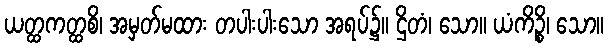
ယတ္ထကတ္ထစိ၊ အမှတ်မထား တပါးပါးသော အရပ်၌။ ဌိတံ၊ သော။ ယံကိဉ္စိ၊ သော။